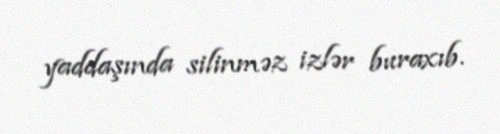
yaddaşında silinməz izlər buraxıb.